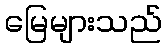
မြေများသည်